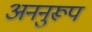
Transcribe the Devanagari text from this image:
अननुरूप